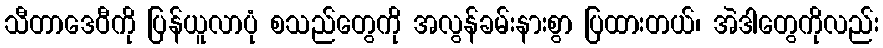
သီတာဒေဝီကို ပြန်ယူလာပုံ စသည်တွေကို အလွန်ခမ်းနားစွာ ပြထားတယ်၊ အဲဒါတွေကိုလည်း